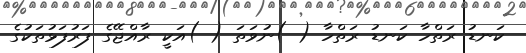
ކަނޑު ރަތްހާ ކަނޑު ރަތްހާ ( )ނުވަތަ ( )އަކީ ރާއްޖޭގެ ފަރުފަޅުތަކުގެ